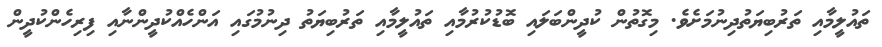
ތައުލީމާއި ތަރުބިޔަތުދިނުމަށެވެ. މިގޮތުން ކުދީންބަލައި ބޮޑުކުރުމާއި ތައުލީމާއި ތަރުބިޔަތު ދިނުމުގައި އަންހެއްކުދީންނާއި ފިރިހެންކުދީން